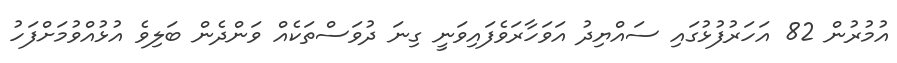
އުމުރުން 82 އަހަރުފުޅުގައި ސައްޔިދު އަވަހާރަވެފައިވަނީ ގިނަ ދުވަސްތަކެއް ވަންދެން ބަލިވެ އުޅުއްވުމަށްފަހު